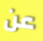
عن